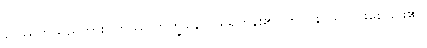
တဿဟူသည်ကား။ တဿ ဘိက္ခုနော၊ ထိုရဟန်း၏။ ဘာဝနာယ၊ ပွားစေခြင်း၏။